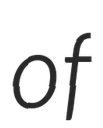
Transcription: of